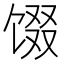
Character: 𬳂